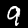
Digit: 9